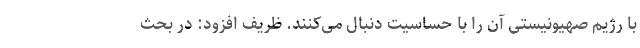
با رژیم صهیونیستی آن را با حساسیت دنبال می‌کنند. ظریف افزود: در بحث